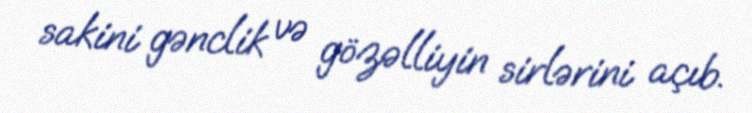
sakini gənclik və gözəlliyin sirlərini açıb.